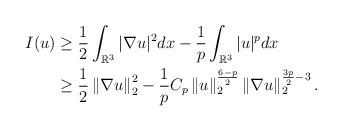
LaTeX: \begin{align*} I(u)&\ge \frac{1}{2}\int_{\mathbb{R}^{3}}|\nabla u|^{2}dx-\frac{1}{p}\int_{\mathbb{R}^{3}}|u|^{p}dx\\& \ge \frac{1}{2}\left\|\nabla u\right\|_{2}^{2}-\frac{1}{p}C_{p}\left\|u\right\|_{2}^{\frac{6-p}{2}} \left\|\nabla u\right\|_{2}^{\frac{3p}{2}-3}. \end{align*}